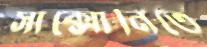
সাক্সোনিতে